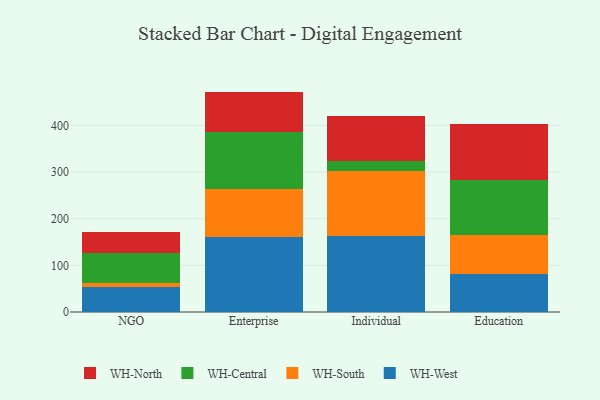
{"axis": {"x": "Segment", "y": "Latency (ms)"}, "legend": ["WH-Central", "WH-North", "WH-South", "WH-West"], "data": [{"x": "NGO", "y": 54.5, "type": "WH-West"}, {"x": "NGO", "y": 6.7, "type": "WH-South"}, {"x": "NGO", "y": 65.4, "type": "WH-Central"}, {"x": "NGO", "y": 45.5, "type": "WH-North"}, {"x": "Enterprise", "y": 160.9, "type": "WH-West"}, {"x": "Enterprise", "y": 103.1, "type": "WH-South"}, {"x": "Enterprise", "y": 122.1, "type": "WH-Central"}, {"x": "Enterprise", "y": 86.4, "type": "WH-North"}, {"x": "Individual", "y": 163.1, "type": "WH-West"}, {"x": "Individual", "y": 139.7, "type": "WH-South"}, {"x": "Individual", "y": 21.8, "type": "WH-Central"}, {"x": "Individual", "y": 95.9, "type": "WH-North"}, {"x": "Education", "y": 80.8, "type": "WH-West"}, {"x": "Education", "y": 84.0, "type": "WH-South"}, {"x": "Education", "y": 117.2, "type": "WH-Central"}, {"x": "Education", "y": 121.3, "type": "WH-North"}]}